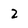
Character: 2